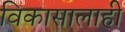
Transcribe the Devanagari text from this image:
विकासालाही